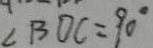
\angle B O C = 9 0 ^ { \circ }